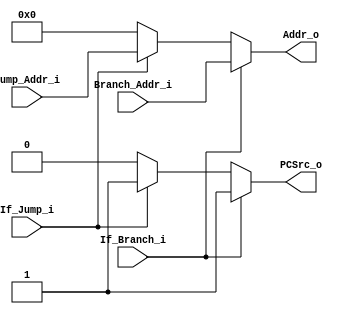
module Branch_Or_Jump(
Branch_Addr_i,
Jump_Addr_i,
If_Branch_i,
If_Jump_i,
Addr_o,
PCSrc_o
);

input [32-1:0] Branch_Addr_i;
input [32-1:0] Jump_Addr_i;
input If_Branch_i;
input If_Jump_i;
output reg [32-1:0] Addr_o;
output reg  PCSrc_o;

always @(*) begin
	if (If_Branch_i == 1) begin
		PCSrc_o = 1;
		Addr_o = Branch_Addr_i;
	end
	else if (If_Jump_i == 1) begin
		PCSrc_o = 1;
		Addr_o = Jump_Addr_i;
	end
	else begin
		PCSrc_o = 0;
		Addr_o = 0;
	end
	//$display("branch: %d", If_Branch_i);
end

endmodule